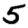
Digit: 5